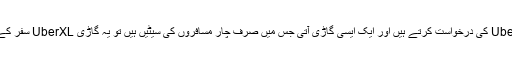
مثلاً، اگر آپ UberXL کی درخواست کرتے ہیں اور ایک ایسی گاڑی آتی جس میں صرف چار مسافروں کی سیٹیں ہیں تو یہ گاڑی UberXL سفر کے لیے اہل نہیں ہے۔